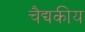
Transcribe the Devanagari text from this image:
चैद्यकीय